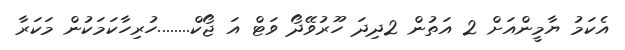
އެކަމު ޔާމީންއަށް 2 އަތުން 2ދިދަ ހޫރުވޭދޯ ވަޓް އަ ޖޯކް........ހުރިހާކަމަކުން މަކަރާ